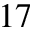
1 7